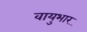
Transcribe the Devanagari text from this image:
वायुभार